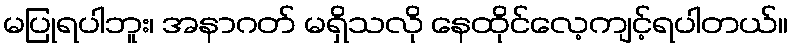
မပြုရပါဘူး၊ အနာဂတ် မရှိသလို နေထိုင်လေ့ကျင့်ရပါတယ်။